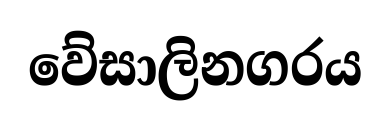
වේසාලිනගරය